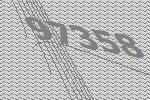
97358